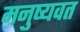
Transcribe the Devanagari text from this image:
मनुष्यवत